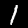
Label: 1